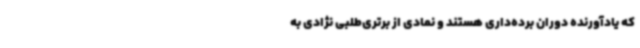
که یادآورنده دوران برده‌داری هستند و نمادی از برتری‌طلبی نژادی به